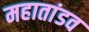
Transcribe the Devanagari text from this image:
महातांडव